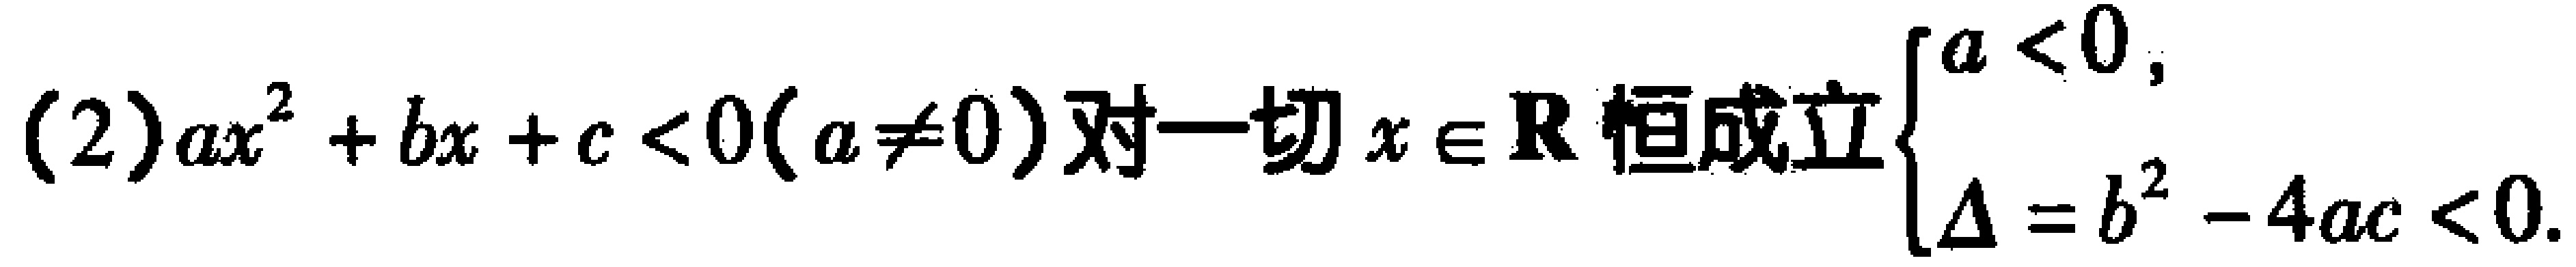
(2) \(ax^{2}+bx + c<0(a\neq0)\) 对一切 \(x\in\mathbf{R}\) 恒成立\(\begin{cases}a < 0,\\\Delta=b^{2}-4ac<0.\end{cases}\)